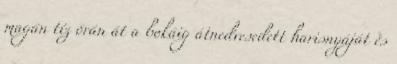
magán tíz órán át a bokáig átnedvesedett harisnyáját és